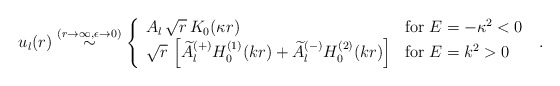
\begin{align*}u_{l}(r) \stackrel{(r \rightarrow \infty, \epsilon \rightarrow 0)}{\sim}\left\{ \begin{array}{ll}A_{l} \,\sqrt{r} \, K_{0} ( \kappa r ) &{\rm for} \; E=-\kappa^{2}<0\\\sqrt{r} \,\left[\widetilde{A}_{l}^{(+)} H^{(1)}_{0} ( k r )+\widetilde{A}_{l}^{(-)} H^{(2)}_{0} ( k r )\right]& {\rm for} \; E=k^{2}>0\end{array} \right.\; .\end{align*}